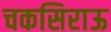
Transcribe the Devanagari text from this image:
चकसिराऊ